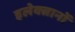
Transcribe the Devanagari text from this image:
इलेक्त्रानों